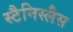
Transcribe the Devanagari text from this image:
स्टैनिस्लैस